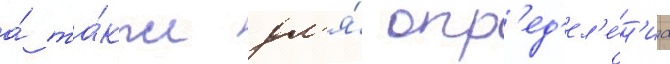
а́ та́кже дл'я́ опр'ед'ел'е́н'иа